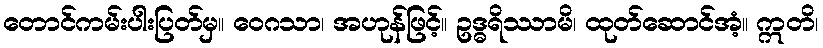
တောင်ကမ်းပါးပြတ်မှ။ ဝေဂသာ၊ အဟုန်ဖြင့်။ ဥဒ္ဓရိဿာမိ၊ ထုတ်ဆောင်အံ့။ ဣတိ၊